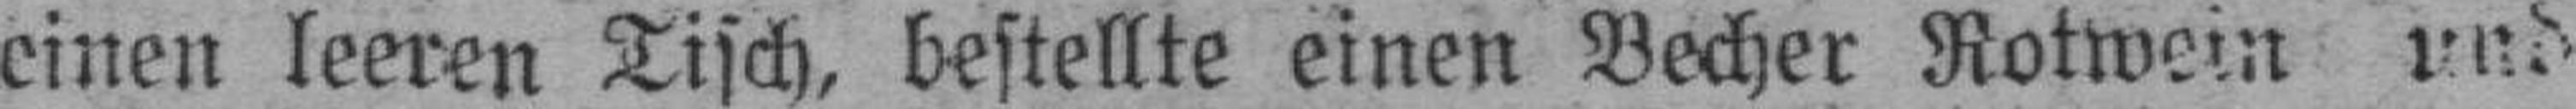
einen leeren Tisch, bestellte einen Becher Rotwein und